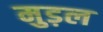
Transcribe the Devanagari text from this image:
मुड़ल